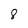
Character: 8